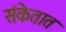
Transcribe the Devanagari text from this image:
संकेतात